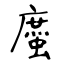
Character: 䗪